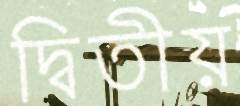
দ্বিতীয়